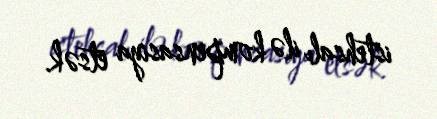
istehsalı ilə kompensasiya etsək.